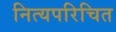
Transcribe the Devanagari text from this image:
नित्यपरिचित